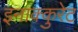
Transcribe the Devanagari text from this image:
इनाक्कुरेट